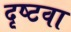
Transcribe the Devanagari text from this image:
दृष्टवा